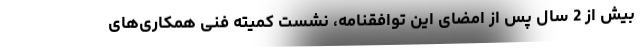
بیش از 2 سال پس از امضای این توافقنامه، نشست کمیته فنی همکاری‌های